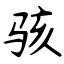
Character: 骇